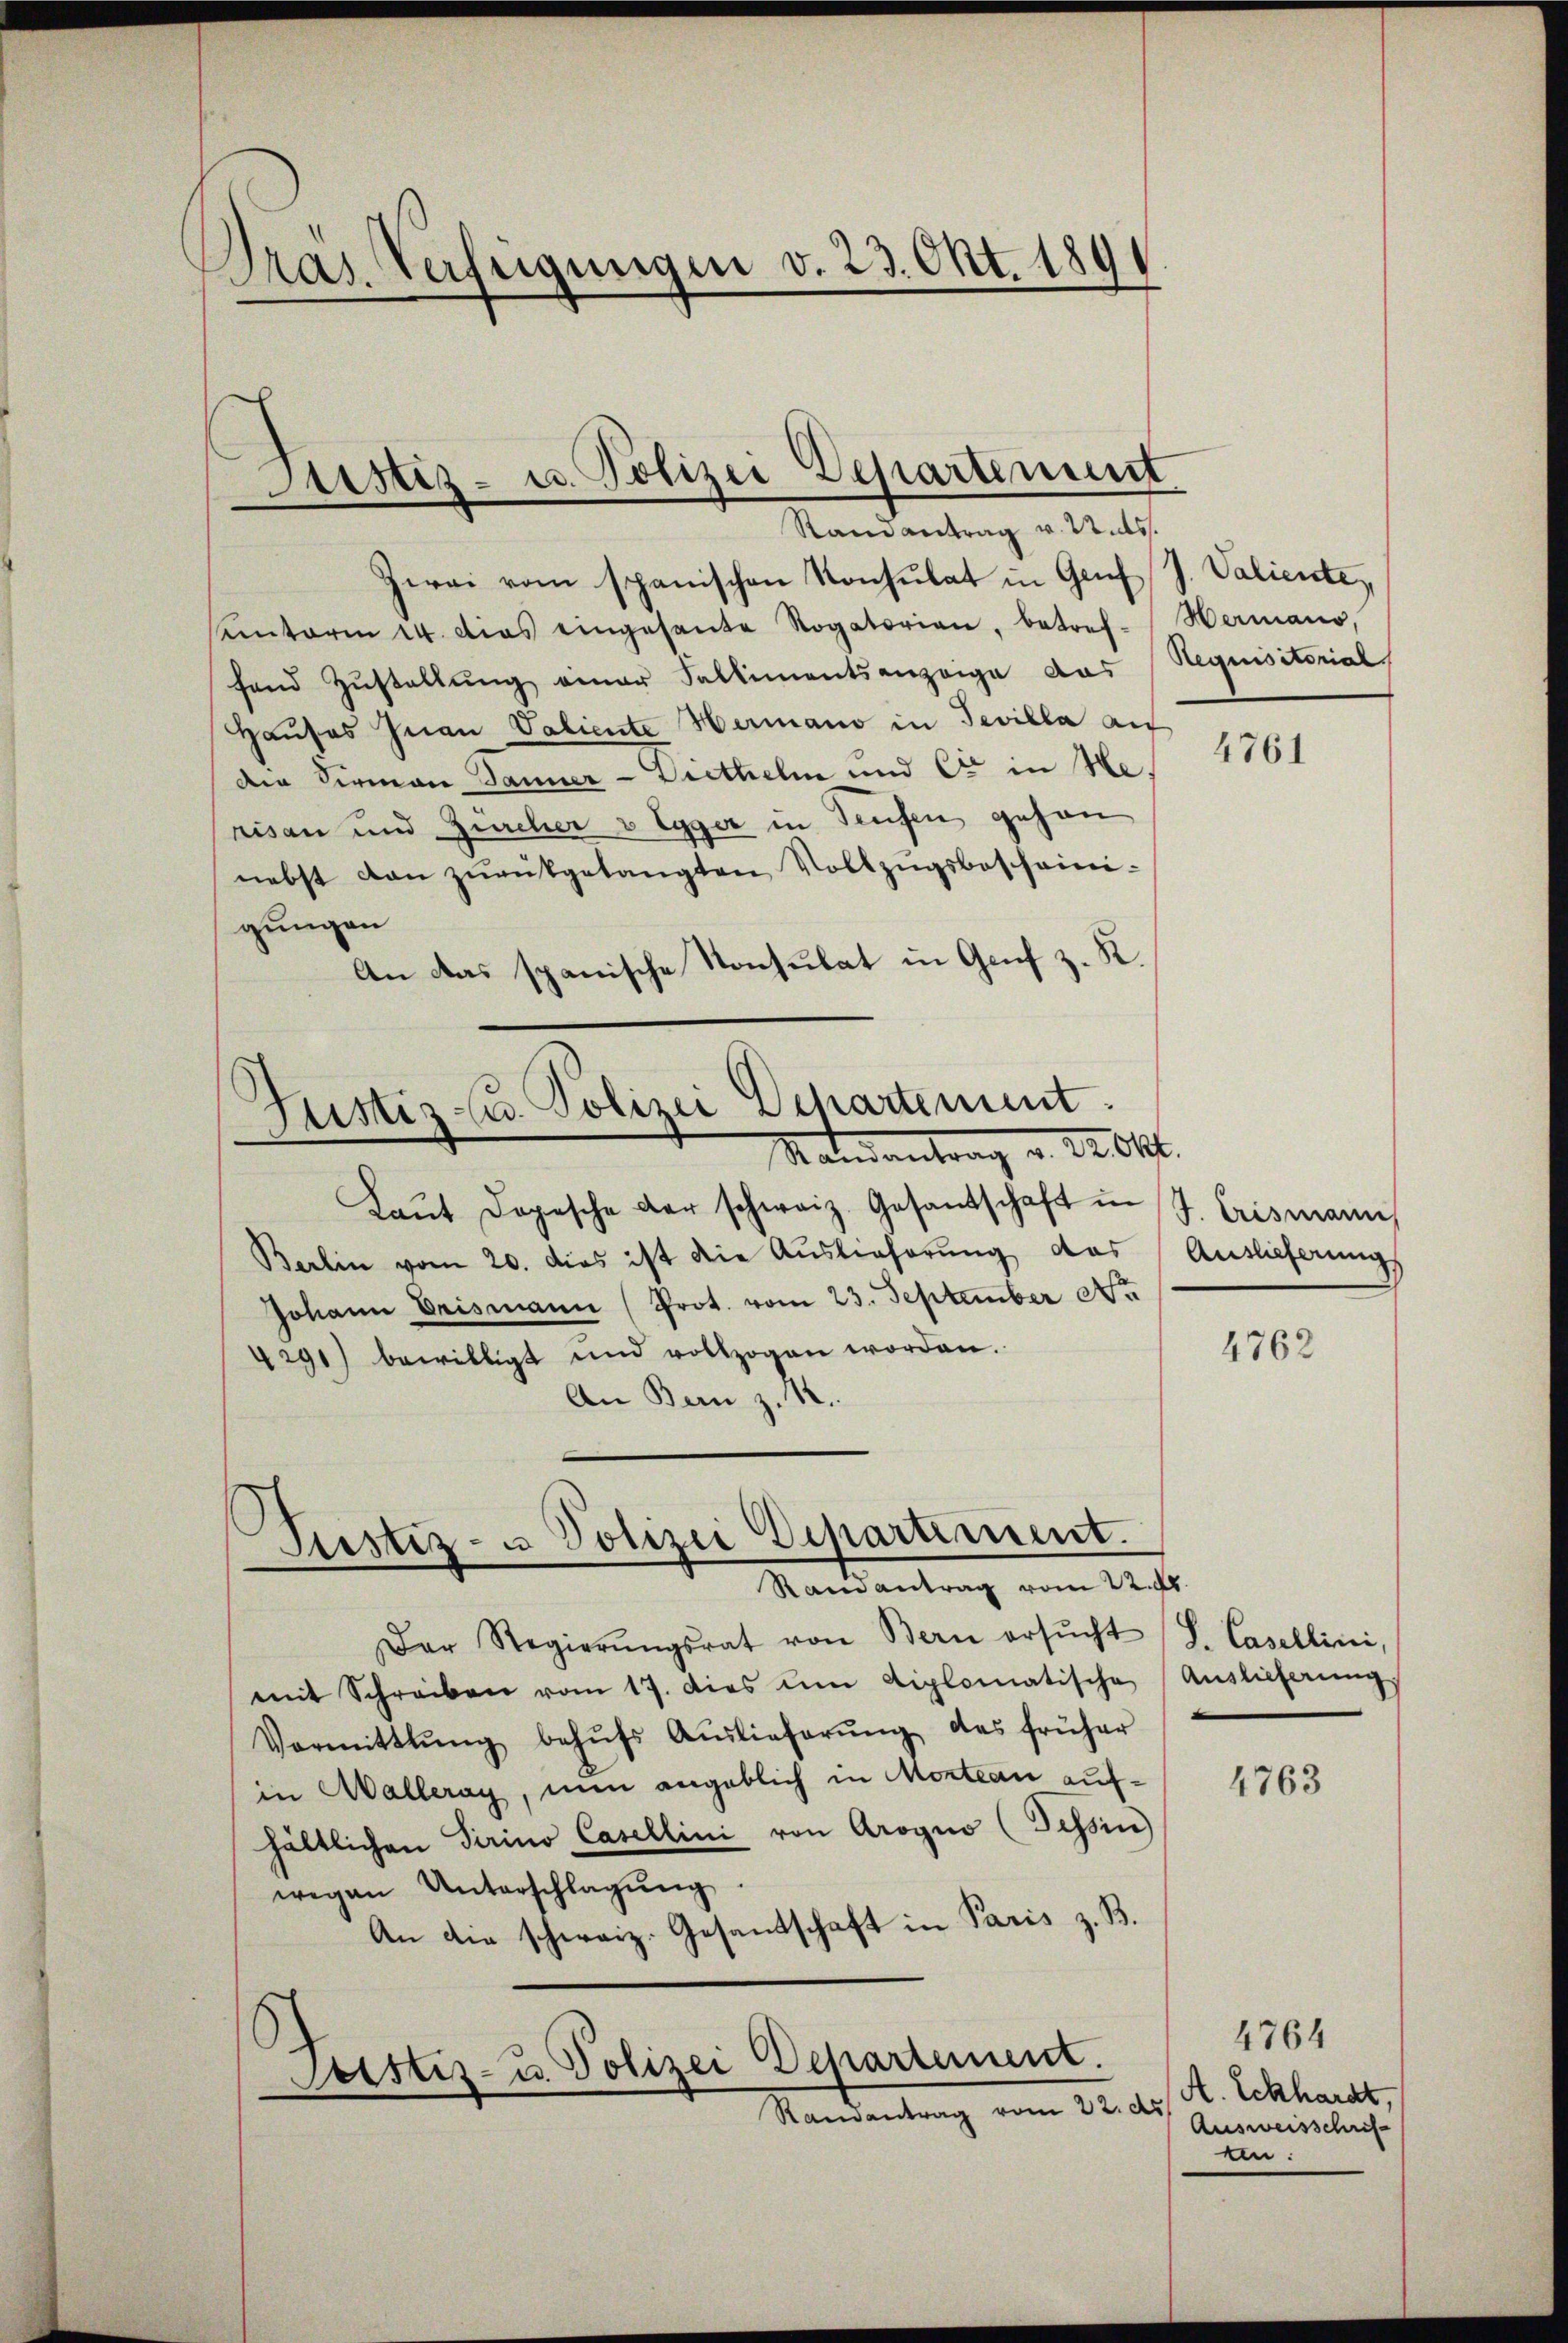
)
Pras. Verfügungen v. 23. Okt. 189

Justiz- u. Polizei Departement
Randantrag v. 22. ds.

Zwai vom spanischen Konsulat in Gruf
Kantoren 14. dies eingesante Rogatorian, betref-
fand Zustellung einer Fallimentsanzeige aus
Haŭses Inan Valiente Hermano in Tevilla au
die Firmann Jänner-Diethelm und C in He
risau und Zürcher v Egger in Teufen gehen
nebst dan zŭrükgelangten Vollzugsbescheinigungen
An das spanische Konsulat in Genf z. K.

Laŭt Dogesche der schweiz. Gesandschaft in J. Crismann
Berlin vom 20. dies ist die Auslieferŭng das Auslieferungs
Johann Erismann (Prot. vom 23. September No
4291) bewilligt und vollzogen worden.
An Bern z. R.

Justiz- u. Polizei Departement.
Mandantrag v. 22. Okt.

Justiz- u Polizei Departiment.
Randantrag vom 22. d.

Der Regierŭngsrat von Bern ersŭcht (S. Casellini,
mit Schreiben vom 17. dies um diplomatische
Vormittlung behŭfs Auslieferŭng des früher
in Malleray, nun angeblich in Mosteau aufhältlichen Sirino Casellini von Arogno (Tessin
wegen Unterschlagung.
An die schweiz. Gesandschaft in Paris z. B.

Pristiz- u. Polizei Departement.
Randantrag vom 22. d.

J. Valiente,
Hermano,
Requisitorial

4761

4762

Auslieferung

4763

4764
A. Eckhardt,
Ausweisschrif
ten: